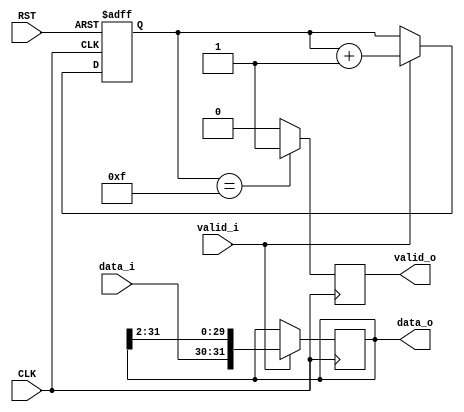

module collect_qpsk
  (
   input             CLK,
   input             RST,

   input             valid_i,
   input [1:0]       data_i,

   output reg        valid_o,
   output reg [31:0] data_o
   );
    
   localparam counter_top = 4'd15;
   reg [3:0]          counter;

   always @(posedge CLK) begin
       if (valid_i)
         data_o <= {data_i, data_o[31:2]};
   end

   always @(posedge CLK or negedge RST)
     if (!RST) begin
        counter <= 4'd0;
     end else begin
         if (valid_i)
           counter <= counter + 4'd1;
     end

   always @(posedge CLK) begin
       if (counter == counter_top)
         valid_o <= 1'b1;
       else
         valid_o <= 1'b0;
   end

endmodule